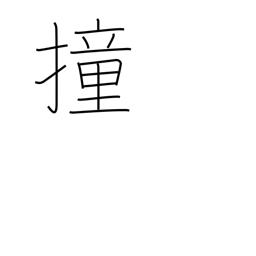
Meaning: thrust